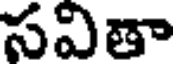
సవితా